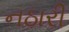
નઠારી